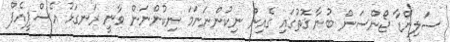
ސަލިންޑާ ޖޯންސަން ބުނާ ގޮތުގައި ގެއިން ނިކުންނަނަމަ ނިކުންނަން ވާނީ ރަނގަޅު އެސްޕީއެފް